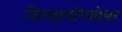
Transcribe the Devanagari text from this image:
जिल्हापरिषदेवर